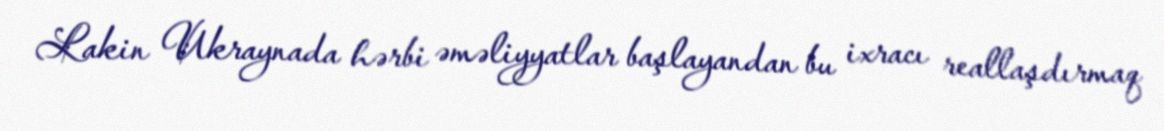
Lakin Ukraynada hərbi əməliyyatlar başlayandan bu ixracı reallaşdırmaq